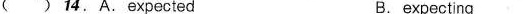
( ) 14.A.Expected B. expecting